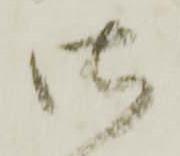
御